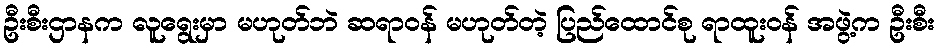
ဦးစီးဌာနက လူရွေးမှာ မဟုတ်ဘဲ ဆရာဝန် မဟုတ်တဲ့ ပြည်ထောင်စု ရာထူးဝန် အဖွဲ့က ဦးစီး